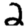
Digit: 2